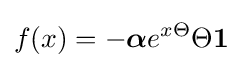
f(x)=-{\boldsymbol {\alpha }}e^{x\Theta }\Theta {\boldsymbol {1}}\;